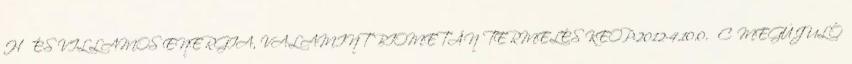
HŐ ÉS VILLAMOS ENERGIA, VALAMINT BIOMETÁN TERMELÉS KEOP-2012-4.10.0. C MEGÚJULÓ